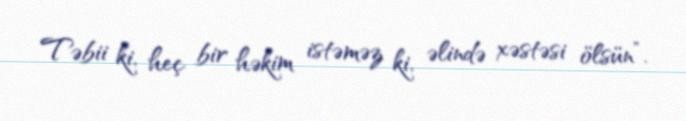
Təbii ki, heç bir həkim istəməz ki, əlində xəstəsi ölsün”.